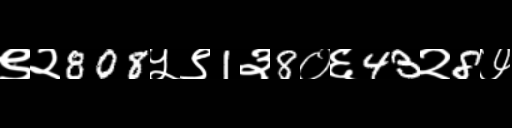
Text: ९२808५९1३8०६43२8७